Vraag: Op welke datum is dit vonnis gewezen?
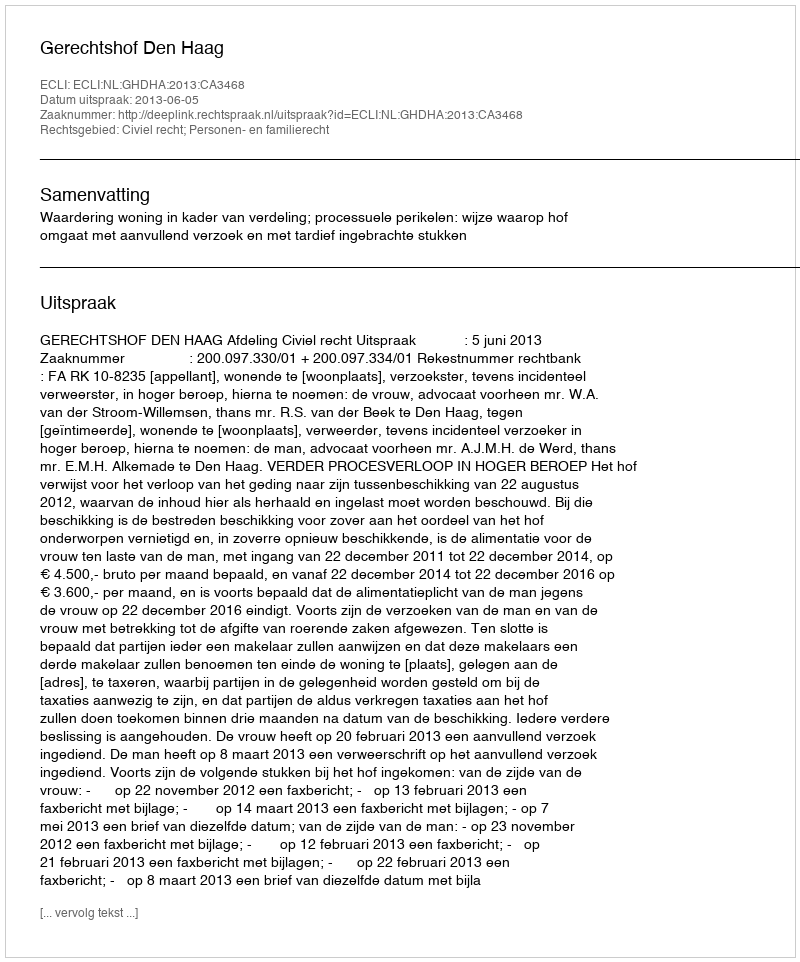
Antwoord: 2013-06-05